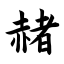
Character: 赭